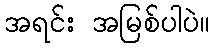
အရင်း အမြစ်ပါပဲ။